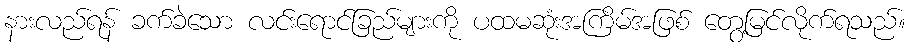
နားလည်ရန် ခက်ခဲသော လင်းရောင်ခြည်များကို ပထမဆုံးအကြိမ်အဖြစ် တွေ့မြင်လိုက်ရသည်။